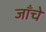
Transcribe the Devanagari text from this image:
जाँचे